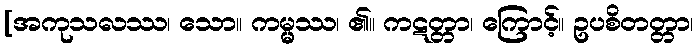
[အကုသလဿ၊ သော။ ကမ္မ္မဿ၊ ၏။ ကဋတ္တာ၊ ကြောင့်။ ဥပစိတတ္တာ၊